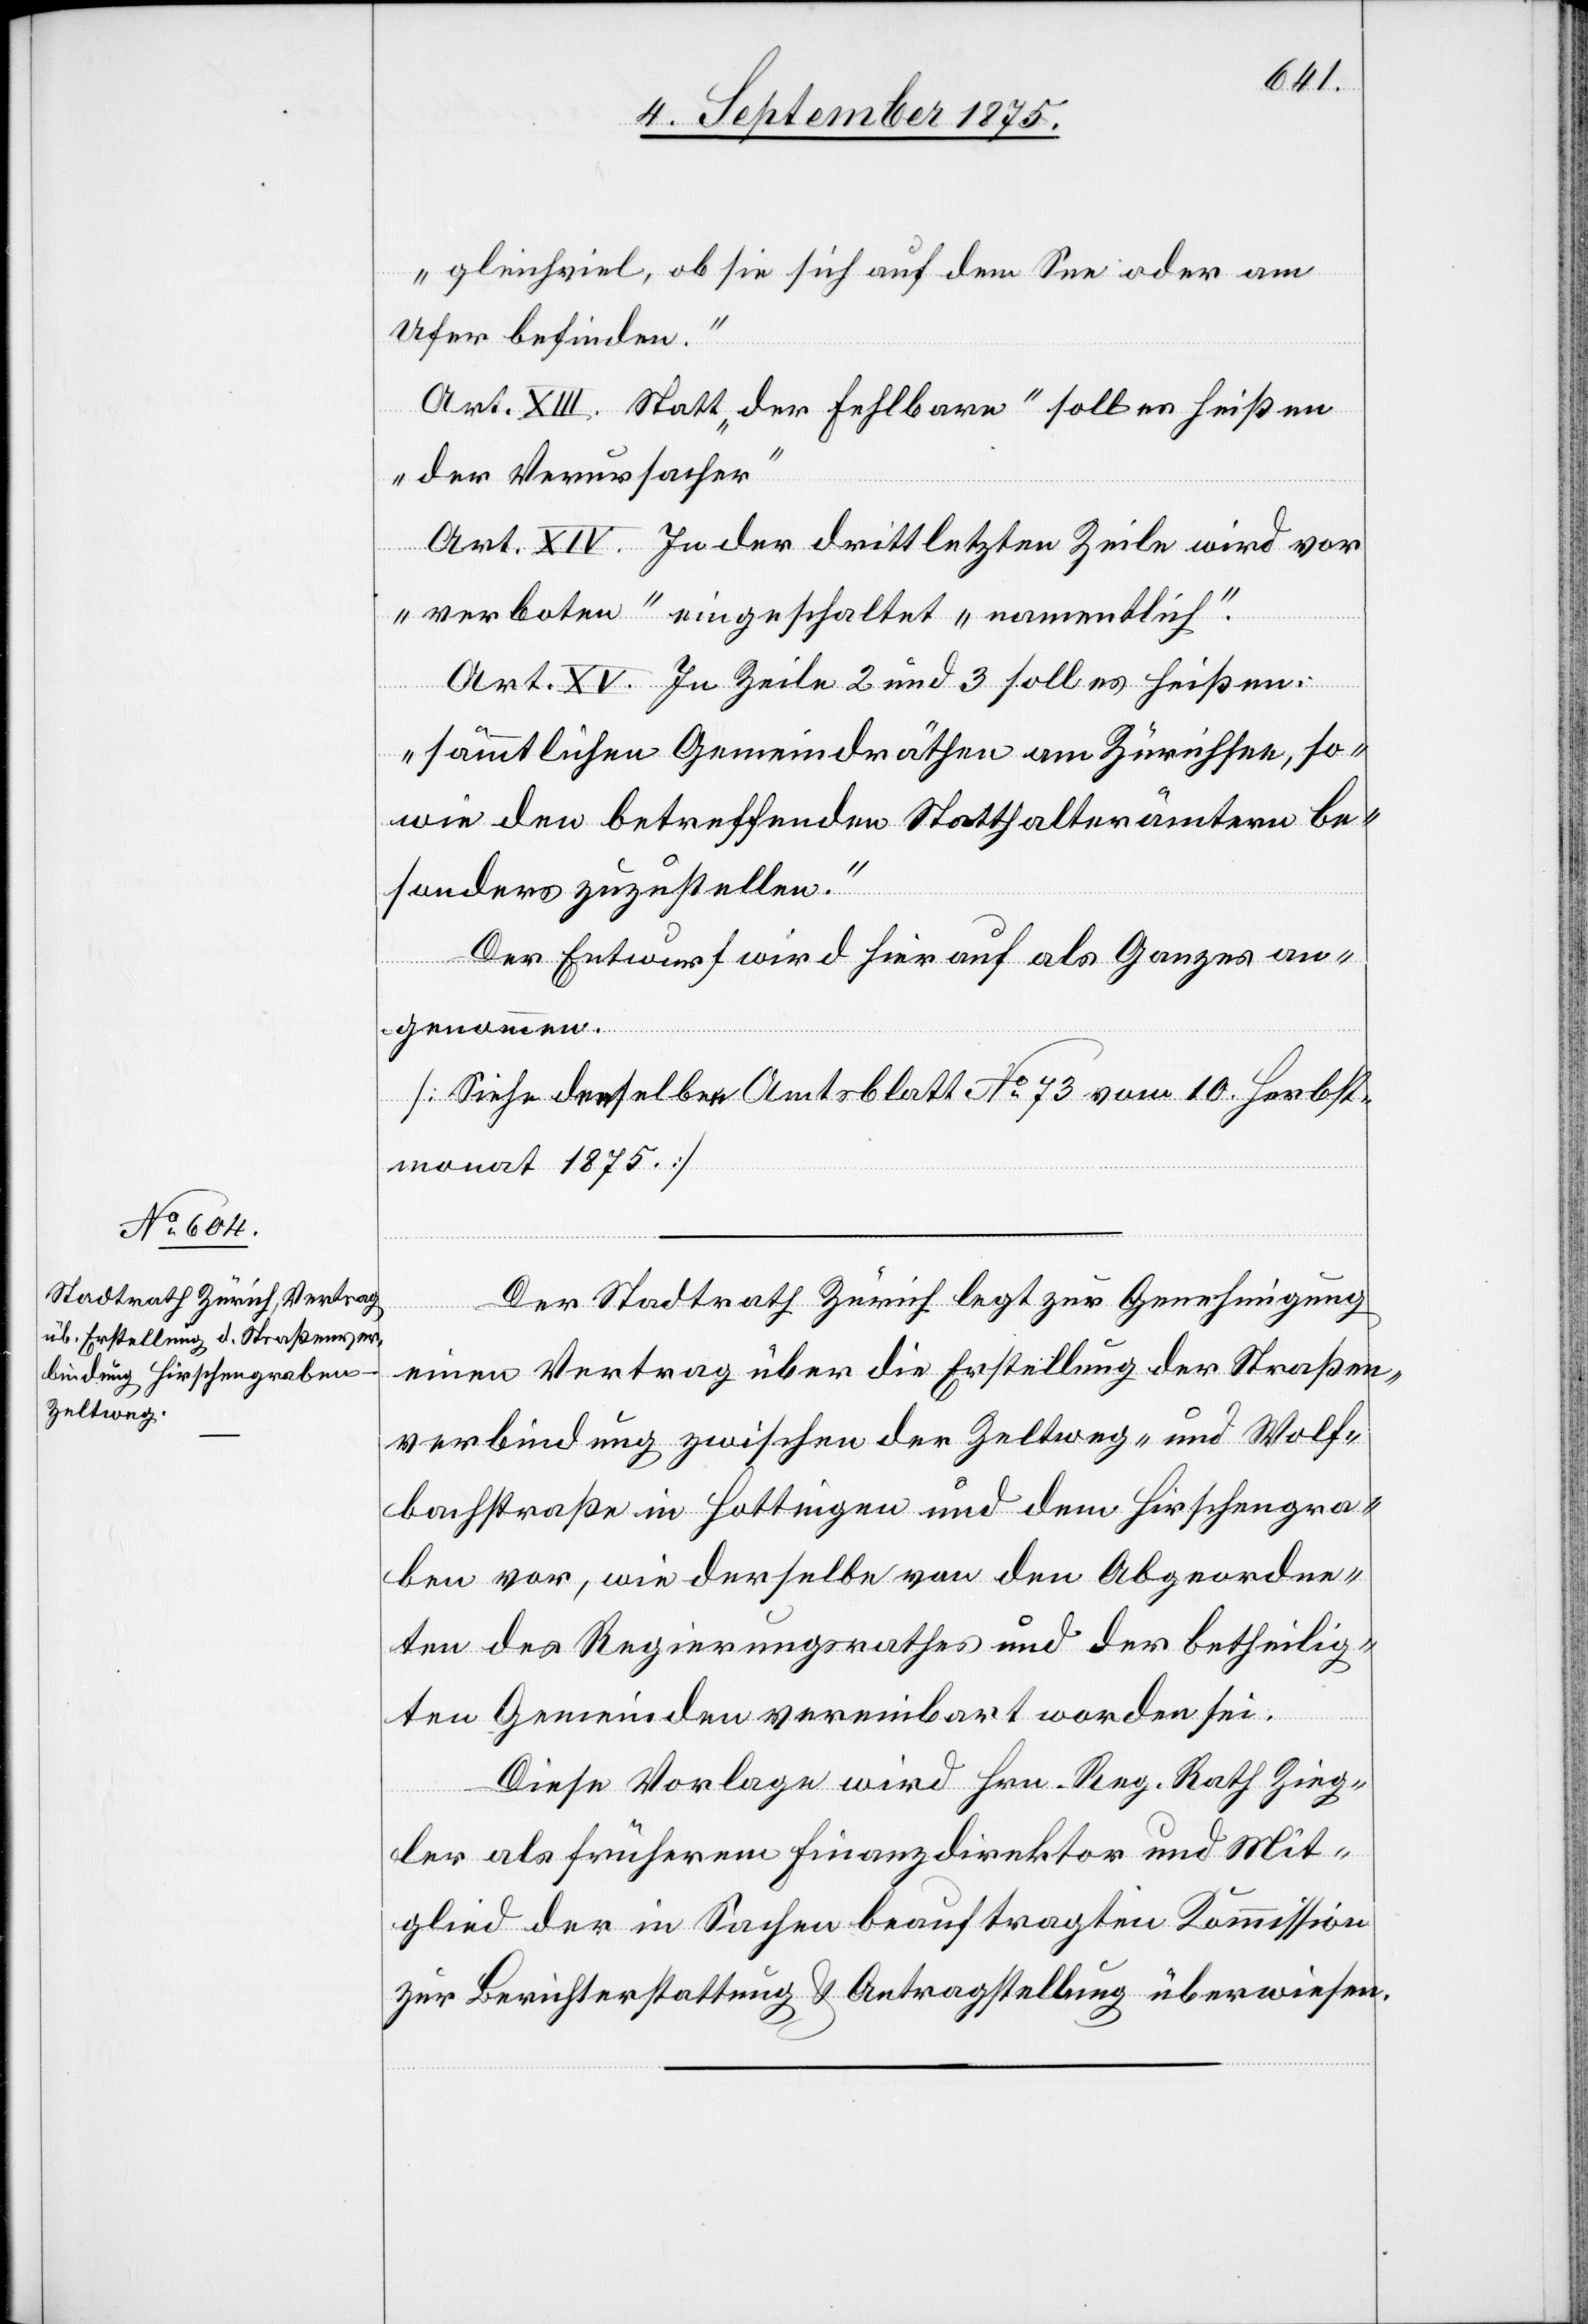
„gleichviel, ob sie sich auf dem See oder am
Ufer befinden“[.]
Art. XIII. Statt „der Fehlbare“ soll es heißen
„der Verursacher“.
Art. XIV. In der drittletzten Zeile wird vor
„verboten“ eingeschaltet „namentlich“.
Art. XV. In Zeile 2 und 3 soll es heißen:
„sämmtlichen Gemeindräthen am Zürichsee, so¬
wie den betreffenden Statthalterämtern be¬
sonders zuzustellen.“
Der Entwurf wird hierauf als Ganzes an¬
genommen.
[Siehe denselben [im] Amtsblatt No 73 vom 10. Herbst¬
monat 1875]
Der Stadtrath Zürich legt zur Genehmigung
einen Vertrag über die Erstellung der Straßen¬
verbindung zwischen der Zeltweg- und Wolf¬
bachstraße in Hottingen und dem Hirschengra¬
ben vor, wie derselbe von den Abgeordne¬
ten des Regierungsrathes und der betheilig¬
ten Gemeinden vereinbart worden sei.
Diese Vorlage wird Hrn. Reg. Rath Zieg¬
ler als frühern Finanzdirektor und Mit¬
glied der in Sachen beauftragten Kommission
zur Berichterstattung & Antragstellung überwiesen.